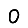
Digit: 0